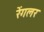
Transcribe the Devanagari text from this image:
रेंगलर